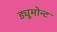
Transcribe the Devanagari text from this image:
ड्यूमोन्ट